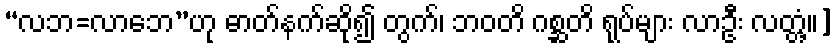
“လဘ=လာဘေ”ဟု ဓာတ်နက်ဆို၍ တွက်၊ ဘဝတိ ဂစ္ဆတိ ရုပ်များ လာဦး လတ္တံ့။]